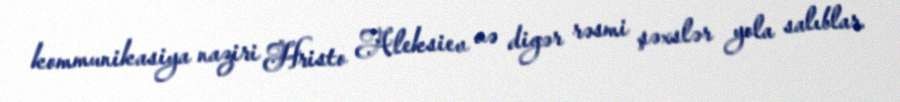
kommunikasiya naziri Hristo Aleksiev və digər rəsmi şəxslər yola salıblar.